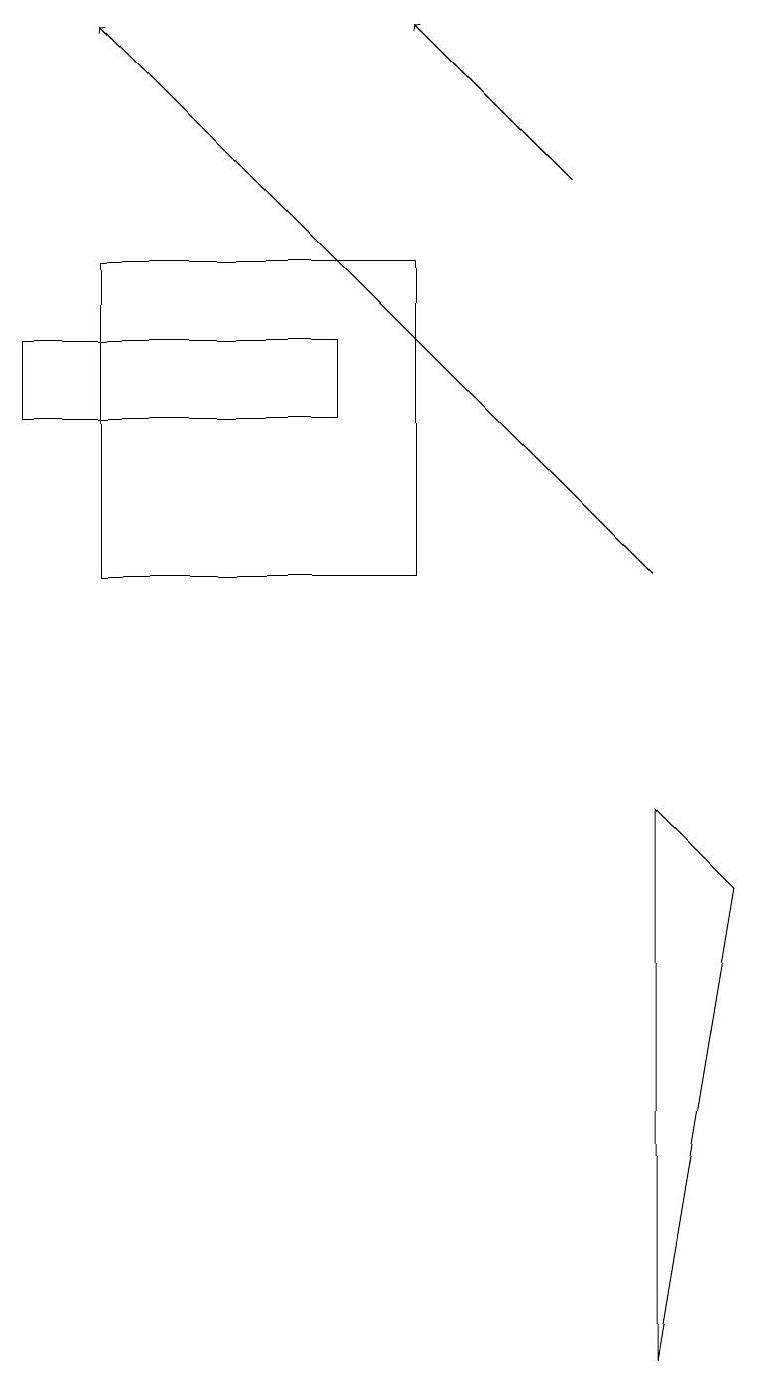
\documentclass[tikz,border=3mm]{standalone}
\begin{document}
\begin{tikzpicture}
\draw[->] (8,11) -- (1,18);
\draw (9,7) -- (8,8) -- (8,1) -- cycle;
\draw[->] (7,16) -- (5,18);
\draw (1,15) rectangle (5,11);
\draw (4,13) rectangle (0,14);
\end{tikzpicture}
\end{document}